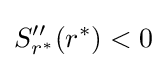
S_{r^{*}}''(r^{*})<0